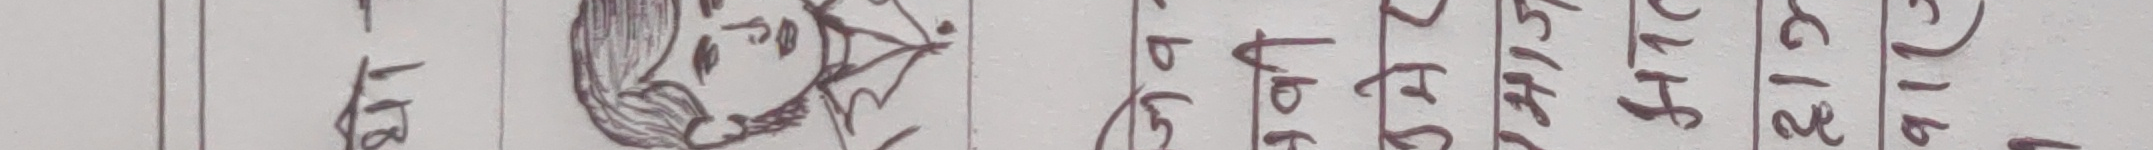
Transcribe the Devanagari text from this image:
७ १४ १६ १८ २० २० २४ २८ ३२ ३६ ४०